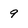
Character: 9